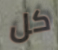
كل